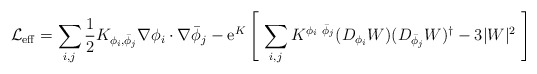
\begin{align*}{\cal L}_{\rm eff} =\sum_{i,j} {1\over 2} K_{\phi_i,{\bar\phi}_j}\nabla \phi_i\cdot \nabla{\bar\phi}_j - {\rm e}^K \left[\ \sum_{i,j } K^{\phi_i\ {\bar\phi}_j}(D_{\phi_i} W)(D_{{\bar\phi}_j} W)^{\dag} - 3 |W|^2\ \right]\end{align*}